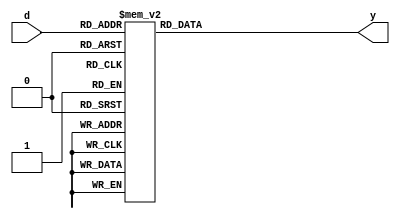
//Decoder 3x8

module decoder3x8(d,y);
input [2:0]d;
output reg [7:0]y;

always@(d)
case(d)
3'b000: y=8'b0000_0001;
3'b001: y=8'b0000_0010;
3'b010: y=8'b0000_0100;
3'b011: y=8'b0000_1000;
3'b100: y=8'b0001_0000;
3'b101: y=8'b0010_0000;
3'b110: y=8'b0100_0000;
3'b111: y=8'b1000_0000;
endcase
endmodule